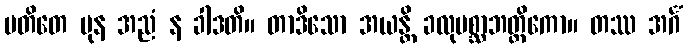
ပတိတေ ပုန အညံ န ခါဒတိ။ တာဒိသော အယန္တိ ခလုပစ္ဆာဘတ္တိကော။ တဿ အင်္ဂံ